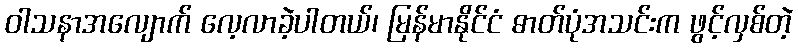
ဝါသနာအလျောက် လေ့လာခဲ့ပါတယ်၊ မြန်မာနိုင်ငံ ဓာတ်ပုံအသင်းက ဖွင့်လှစ်တဲ့